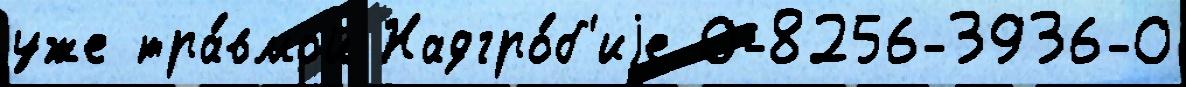
уже тра́вмой Надгро́б'иjе 0-8256-3936-0